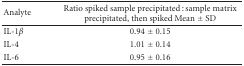
<table><thead><tr><td><b>Analyte</b></td><td><b>Ratio spiked sample precipitated : sample matrix precipitated, then spiked mean ± SD</b></td></tr></thead><tbody><tr><td>IL-1<i>β</i></td><td>0.94 ± 0.15</td></tr><tr><td>IL-4</td><td>1.01 ± 0.14</td></tr><tr><td>IL-6</td><td>0.95 ± 0.16</td></tr></tbody></table>